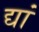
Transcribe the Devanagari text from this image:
द्यां